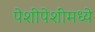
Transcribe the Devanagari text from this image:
पेशीपेशींमध्ये